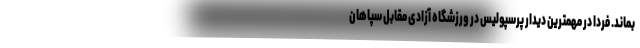
بماند. فردا در مهمترین دیدار پرسپولیس در ورزشگاه آزادی مقابل سپاهان